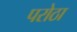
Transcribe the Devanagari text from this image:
परोठा